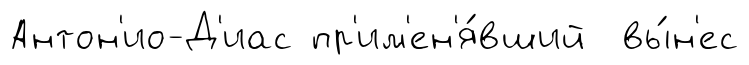
Антон'ио-Д'иас пр'им'ен'я́вший вы́н'ес